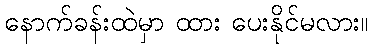
နောက်ခန်းထဲမှာ ထား ပေးနိုင်မလား။